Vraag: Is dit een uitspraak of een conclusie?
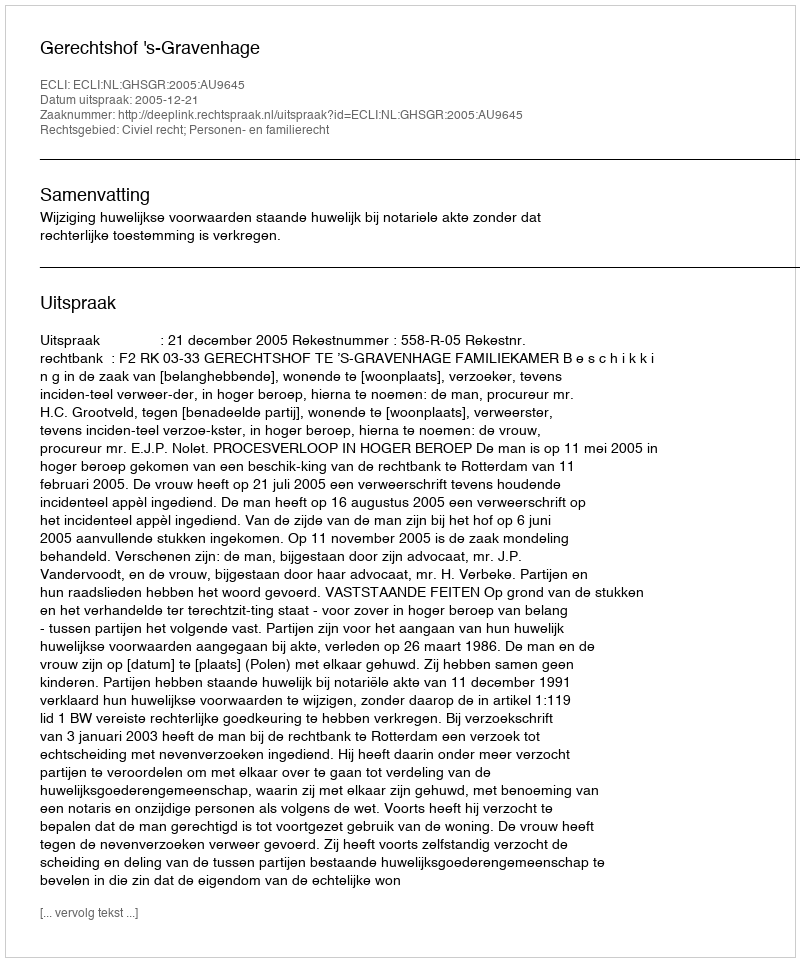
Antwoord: Uitspraak